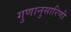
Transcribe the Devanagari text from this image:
गुणानुसारिणी